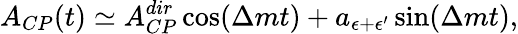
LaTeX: A_{CP}(t)\simeq A_{CP}^{dir}\cos(\Delta mt)+a_{\epsilon+\epsilon^{\prime}}\sin(\Delta mt),